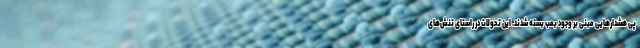
پی هشدارهایی مبنی بر وجود بمب بسته شدند. این تحولات در راستای تنش‌های